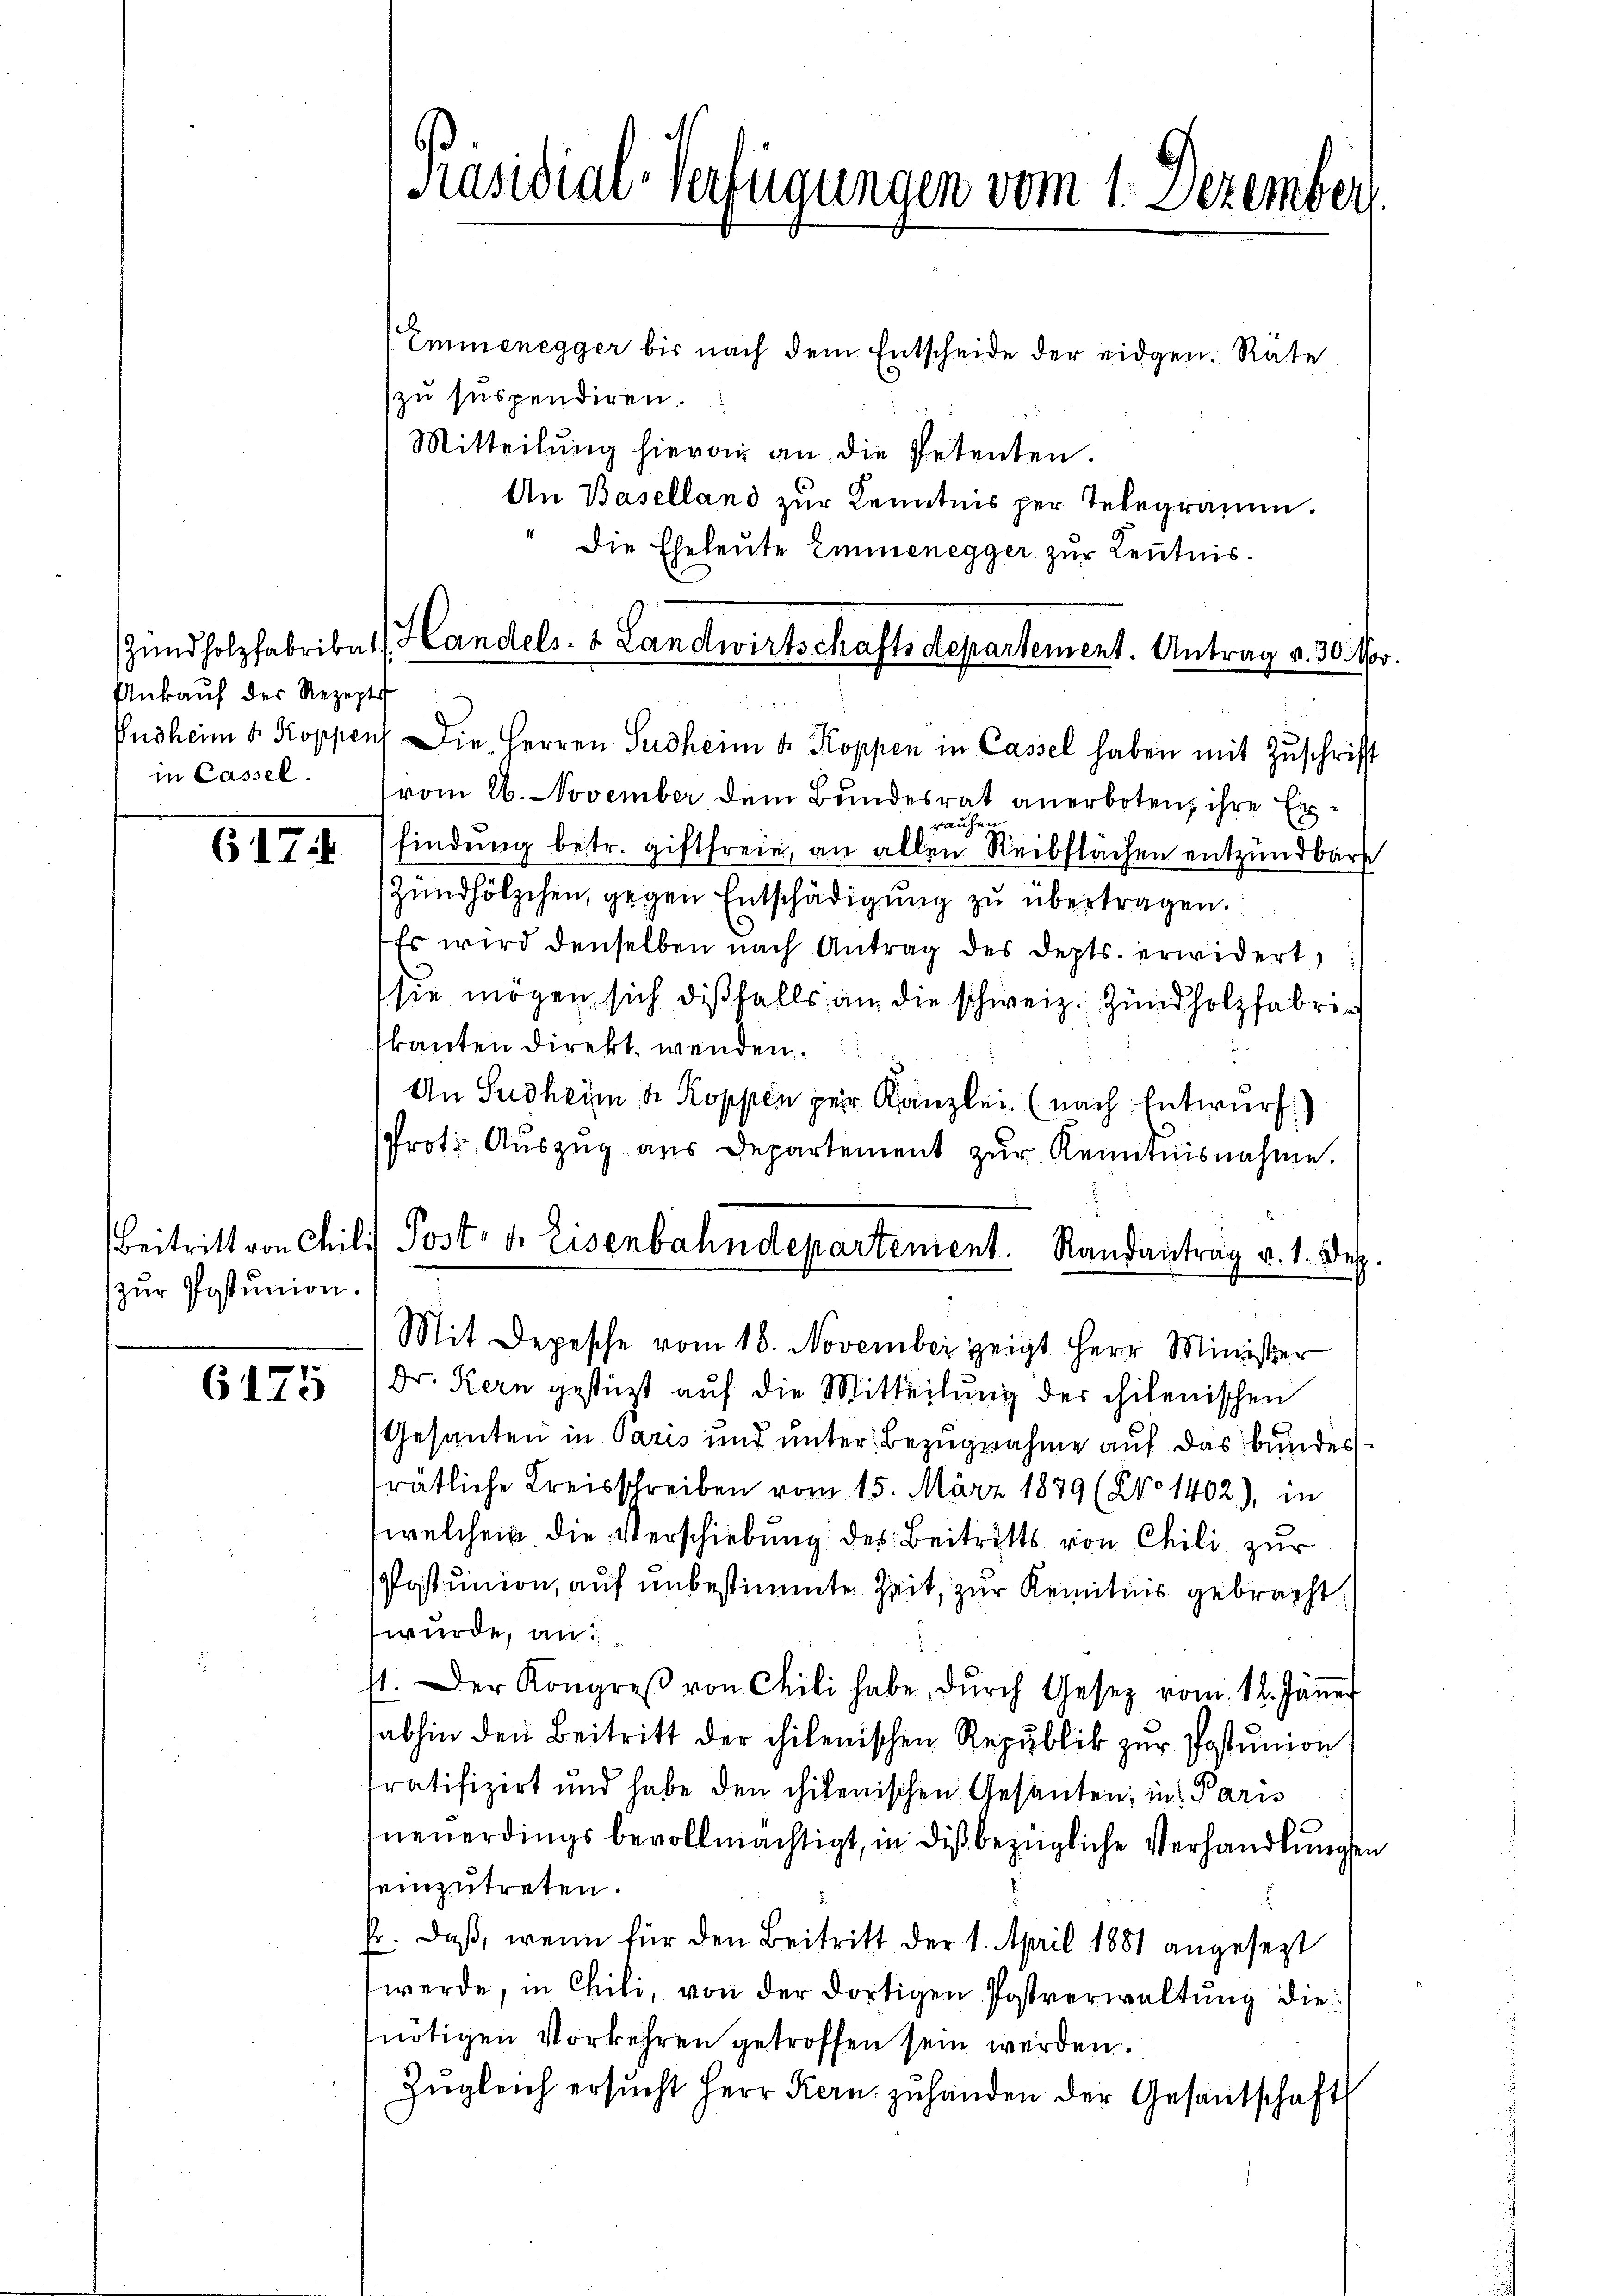
Ankauf der Rezepts
in Cassel.

617

zur Postunion.

6175

Emmenegger bis nach dem Entscheide der eidgen. Räte
zu suspendiren.
Mitteilŭng hievon an: die Petenten.
An Baselland zur Kenntnis per Telegramm.
Die Eheleute Emmenegger zur Leutnis.
Zündholzfabrikat Handels- & Landwirtschaftsdepartement. Antrag v. 30. Nov.
Pndheim 8. Koppen. Die Herren Sudheim u. Koppen in Cassel haben mit Zuschrift
vom 26. November dem Bundesrat anerboten, ihre Erfindung betr. giftfreie, an allen Reibflächen entzündbare
Zündhölzchen, gegen Entschädigung zu übertragen.
Es wird denselben nach Antrag des depts. erwidert,
sie mögen sich disfalls an die schweiz. Zündholzfabritkanten direkt wenden.
An Sudheim der Koppen per Kanzlei. (nach Entwurf)
Prot. Auszug aus Departement zur Kenntnisnahme.
Beitritt von Chil) Post- u. Eisenbahndepartement. Randantrag v. 1. Dez.
Mit Depesche vom 18. November zeigt Herr Minister
Dr. Kern gestützt auf die Mitteilung der chilenischen
Gesanten in Paris und unter Bezugnahme auf das bundesträtliche Kreisschreiben vom 15. März 1879 (2No 1402), in
welchem die Verschiebung des Beitritts von Chili zur
astunion, auf unbestimmte Zeit, zur Kenntnis gebracht.
würde, an:
st. Der Kongreβ von Cili habe dŭrch Gesetz vom 12. Jäṅer
abhin den Beitritt der hilenischen Republik zur Postunion
ratifizirt und habe den chilenischen Gesanten; in Paris
neuerdings bevollmächtigt, in dis bezügliche Verhandlungen
seinzutreten.
hr. Daß, wenn für den Beitritt der 1. April 1881 angesezt
werde, in Chili, von der dortigen Postverwaltung die
nötigen Vorkehren getroffen sein werden.
Zŭgleich ersŭcht Herr Kern zŭ handen der Gesantschaft

Präsidial-Verfügungen vom 1. Dezember